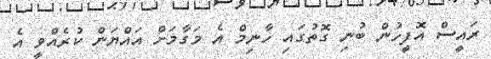
ރައީސް އޮފީހުން ބުނި ގޮތުގައި ހާނިމް އެ މަގާމަށް އައްޔަން ކުރެއްވީ އެ